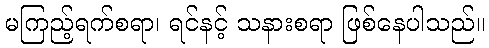
မကြည့်ရက်စရာ၊ ရင်နင့် သနားစရာ ဖြစ်နေပါသည်။